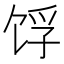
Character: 𬲺